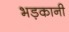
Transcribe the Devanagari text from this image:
भड़कानी